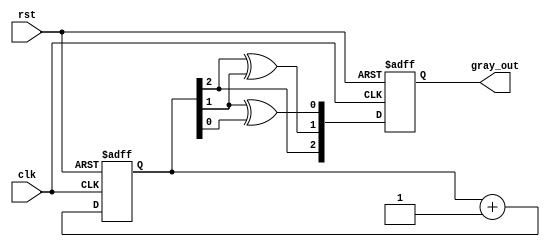
module gray_code_async_counter (
    input wire clk,            // Clock input
    input wire rst,            // Asynchronous reset
    output reg [2:0] gray_out  // 3-bit Gray code output
);

// Internal signals for the binary count
reg [2:0] binary_count;

// Asynchronous reset and Gray code logic
always @(posedge clk or posedge rst) begin
    if (rst) begin
        // Reset to initial Gray code state (000)
        gray_out <= 3'b000;
        binary_count <= 3'b000;
    end else begin
        // Increment Binary Counter
        binary_count <= binary_count + 1'b1;
        
        // Convert binary to Gray code
        gray_out[2] <= binary_count[2];        // MSB remains the same
        gray_out[1] <= binary_count[2] ^ binary_count[1];  // XOR of MSB and next bit
        gray_out[0] <= binary_count[1] ^ binary_count[0];  // XOR of next bits
    end
end

endmodule